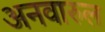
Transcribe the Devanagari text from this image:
अनवारुल